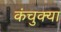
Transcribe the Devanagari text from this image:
कंचुक्या